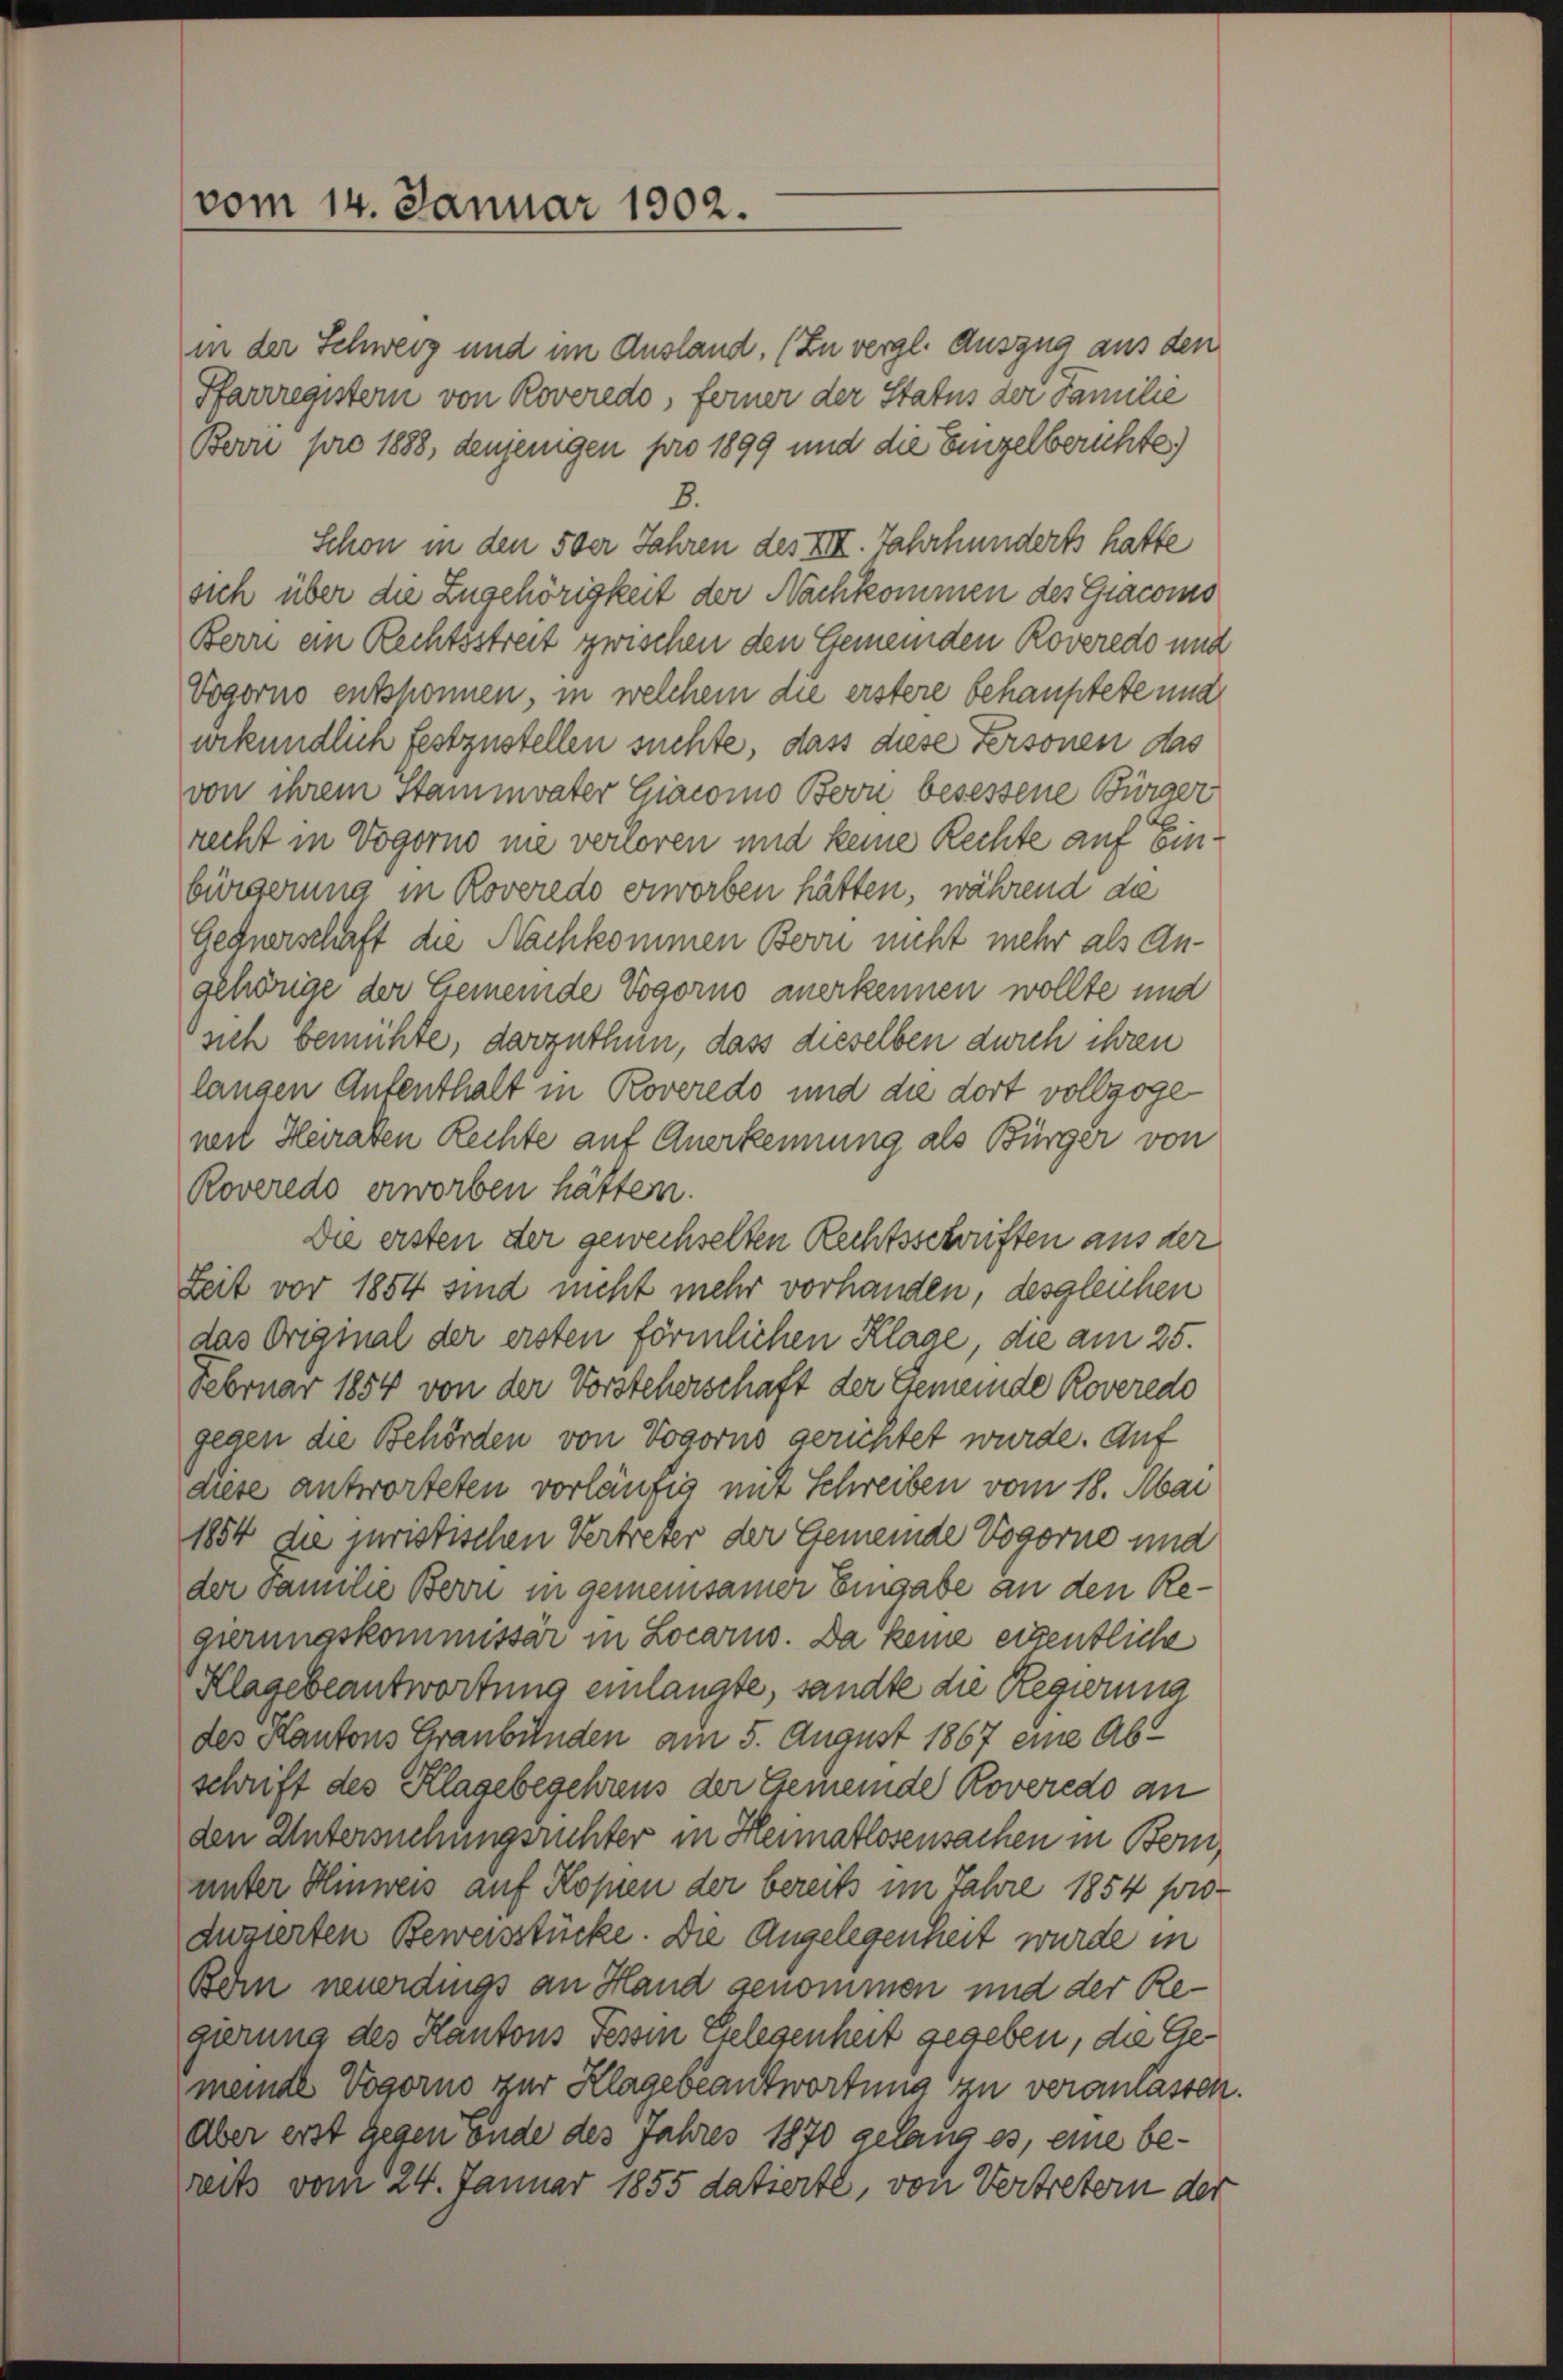
vom 14. Januar 1902.

in der Schweiz und im Ausland. (Zu vergl. Auszug aus den
Pfarrregistern von Roveredo, ferner der Status der Familie
Bern pro 1888, denjenigen pro 1899 und die Einzelberichte)
8.
Schon in den 5 der Jahren des XIII. Jahrhunderts hatte
sich über die Zugehörigkeit der Nachkommen des Giacomo
Bern ein Rechtsstreit zwischen den Gemeinden Roveredo und
Vogorno entsponnen, in welchem die erstere behauptete und
urkundlich festzustellen suchte, dass diese Personen das
von ihrem Stammvater Giacomo Bovii besessene Bürger
recht in Vogorno nie verloren und keine Rechte auf Einbürgerung in Roveredo erworben hätten, während die
Gednerschaft die Nachkommen Bern nicht mehr als Angehörige der Gemeinde Vogorno anerkennen wollte und
sich bemühte, darzuthun, dass dieselben durch ihren
langen Aufenthalt in Roveredo und die dort vollzogeneil Heiraten Rechte auf Anerkennung als Bürger von
Roveredo erworben hätten.
Die ersten der gewechselten Rechtsschriften aus der
Zeit vor 1854 sind nicht mehr vorhanden, desgleichen
das Original der ersten förmlichen Klage, die am 25.
Februar 1854 von der Vorsteherschaft der Gemeinde Roveredo
gegen die Behörden von Vogorns gerichtet wurde. Auf
diese antworteten vorläufig mit Schreiben vom 18. Mai
1854 die juristischen Vertreter der Gemeinde Vogorne und
der Familie Bern in gemeinsamer Eingabe an den Regierungskommissar in Locarno. Da keine eigentliche
Klagebeantwortung einlangte, sandte die Regierung
des Kantons Graubünden am 5. August 1867 eine Abt
schrift des Klagebegehrens der Gemeinde Roveredo an
den Untersuchungsrichter in Heimatlosensachen in Bern,
unter Hinweis auf Kopien der bereits im Jahre 1854 pro-
duzierten Beweisstücke. Die Angelegenheit wurde in
Bein neuerdings an Hand genommen und der Regierung des Kantons Tessin Gelegenheit gegeben, die Gemeinde Vogorno zur Klage beantwortung zu veranlassen.
Aber erst gegen Ende des Jahres 1870 gelang es, eine bereits vom 24. Januar 1855 datierte, von Vertretern der